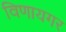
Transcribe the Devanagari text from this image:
विणायगर